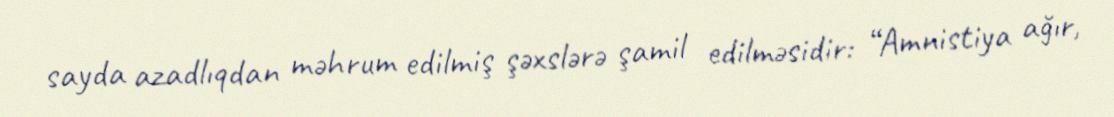
sayda azadlıqdan məhrum edilmiş şəxslərə şamil edilməsidir: “Amnistiya ağır,